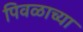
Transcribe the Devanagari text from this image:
पिवळाच्या